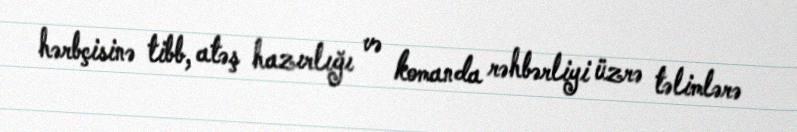
hərbçisinə tibb, atəş hazırlığı və komanda rəhbərliyi üzrə təlimlərə